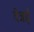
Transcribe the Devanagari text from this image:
वेन्नई